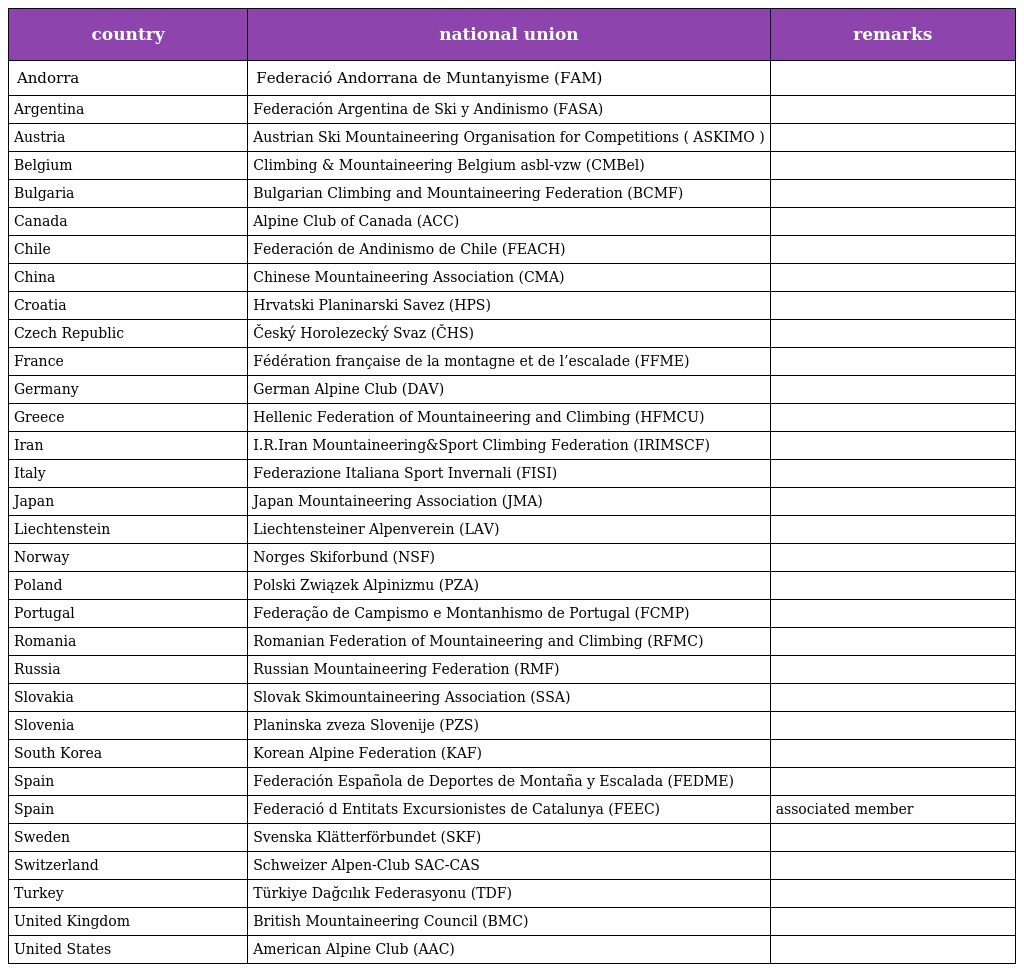
| country | national union | remarks |
 | --- | --- | --- |
 | Andorra | Federació Andorrana de Muntanyisme (FAM) |  |
 | Argentina | Federación Argentina de Ski y Andinismo (FASA) |  |
 | Austria | Austrian Ski Mountaineering Organisation for Competitions ( ASKIMO ) |  |
 | Belgium | Climbing & Mountaineering Belgium asbl-vzw (CMBel) |  |
 | Bulgaria | Bulgarian Climbing and Mountaineering Federation (BCMF) |  |
 | Canada | Alpine Club of Canada (ACC) |  |
 | Chile | Federación de Andinismo de Chile (FEACH) |  |
 | China | Chinese Mountaineering Association (CMA) |  |
 | Croatia | Hrvatski Planinarski Savez (HPS) |  |
 | Czech Republic | Český Horolezecký Svaz (ČHS) |  |
 | France | Fédération française de la montagne et de l’escalade (FFME) |  |
 | Germany | German Alpine Club (DAV) |  |
 | Greece | Hellenic Federation of Mountaineering and Climbing (HFMCU) |  |
 | Iran | I.R.Iran Mountaineering&Sport Climbing Federation (IRIMSCF) |  |
 | Italy | Federazione Italiana Sport Invernali (FISI) |  |
 | Japan | Japan Mountaineering Association (JMA) |  |
 | Liechtenstein | Liechtensteiner Alpenverein (LAV) |  |
 | Norway | Norges Skiforbund (NSF) |  |
 | Poland | Polski Związek Alpinizmu (PZA) |  |
 | Portugal | Federação de Campismo e Montanhismo de Portugal (FCMP) |  |
 | Romania | Romanian Federation of Mountaineering and Climbing (RFMC) |  |
 | Russia | Russian Mountaineering Federation (RMF) |  |
 | Slovakia | Slovak Skimountaineering Association (SSA) |  |
 | Slovenia | Planinska zveza Slovenije (PZS) |  |
 | South Korea | Korean Alpine Federation (KAF) |  |
 | Spain | Federación Española de Deportes de Montaña y Escalada (FEDME) |  |
 | Spain | Federació d Entitats Excursionistes de Catalunya (FEEC) | associated member |
 | Sweden | Svenska Klätterförbundet (SKF) |  |
 | Switzerland | Schweizer Alpen-Club SAC-CAS |  |
 | Turkey | Türkiye Dağcılık Federasyonu (TDF) |  |
 | United Kingdom | British Mountaineering Council (BMC) |  |
 | United States | American Alpine Club (AAC) |  |